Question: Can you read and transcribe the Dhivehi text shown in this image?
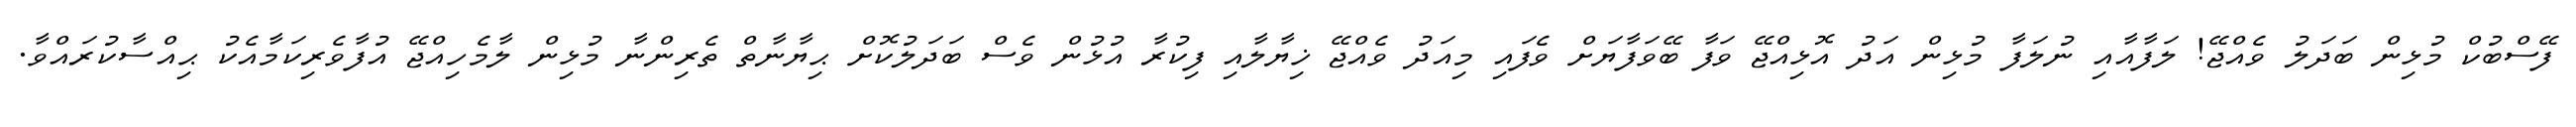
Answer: ފޭސްބުކް މުޅިން ބަދަލު ވެއްޖޭ! ލަފާއާއި ނުލަފާ މުޅިން އަދު އޮޅިއްޖޭ ވަފާ ބޭވަފާޔަށް ވެފައި މިއަދު ވެއްޖޭ ޚިޔާލާއި ފިކުރާ އުޅުން ވެސް ބަދަލުކޮށް ޙިޔާނާތް ތެރިންނާ މުޅިން ލާމެހިއްޖޭ އުފާވެރިކަމާއެކު ޙިއްސާކުރައްވާ.